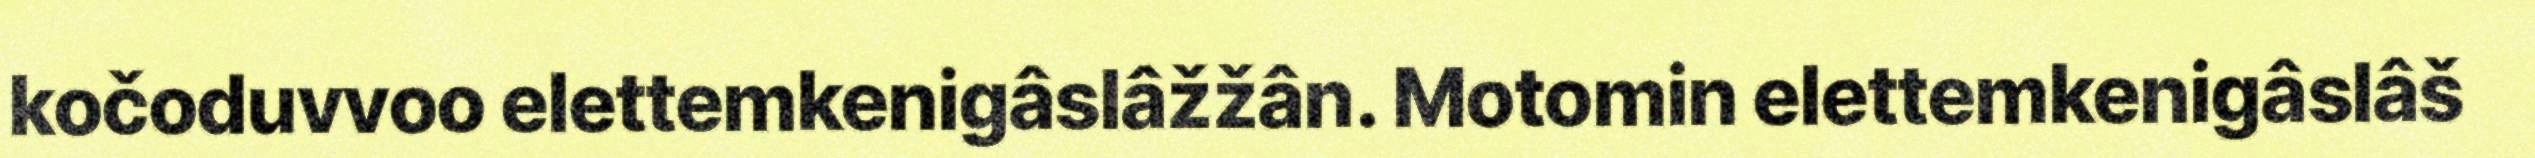
kočoduvvoo elettemkenigâslâžžân. Motomin elettemkenigâslâš